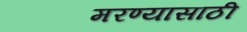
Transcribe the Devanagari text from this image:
मरण्यासाठी